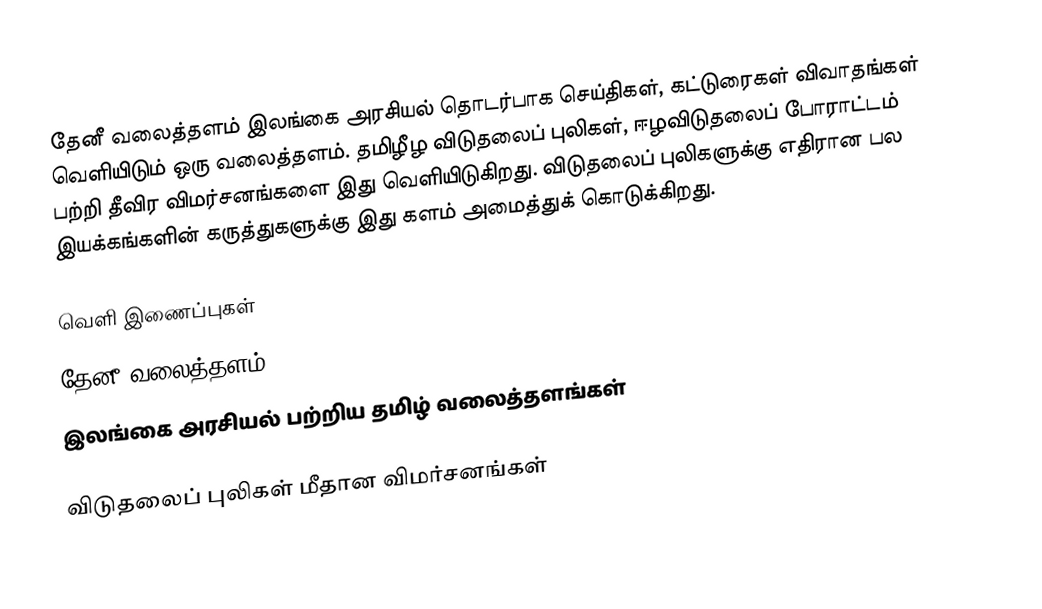
தேனீ வலைத்தளம் இலங்கை அரசியல் தொடர்பாக செய்திகள், கட்டுரைகள் விவாதங்கள் வெளியிடும் ஒரு வலைத்தளம்.  தமிழீழ விடுதலைப் புலிகள், ஈழவிடுதலைப் போராட்டம் பற்றி தீவிர விமர்சனங்களை இது வெளியிடுகிறது. விடுதலைப் புலிகளுக்கு எதிரான பல இயக்கங்களின் கருத்துகளுக்கு இது களம் அமைத்துக் கொடுக்கிறது.

வெளி இணைப்புகள்
  தேனீ வலைத்தளம்]
இலங்கை அரசியல் பற்றிய தமிழ் வலைத்தளங்கள்

விடுதலைப் புலிகள் மீதான விமர்சனங்கள்